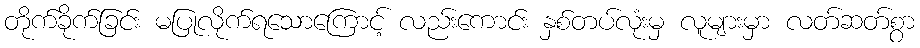
တိုက်ခိုက်ခြင်း မပြုလိုက်ရသောကြောင့် လည်းကောင်း နှစ်တပ်လုံးမှ လူများမှာ လတ်ဆတ်စွာ